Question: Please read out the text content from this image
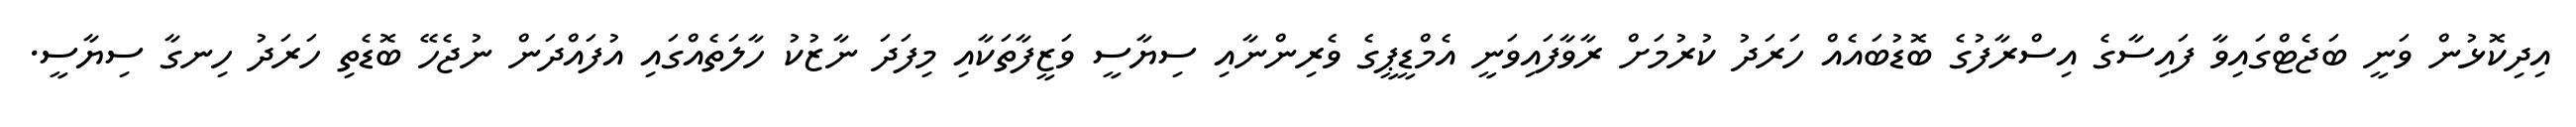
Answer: އިދިކޮޅުން ވަނީ ބަޖެޓްގައިވާ ފައިސާގެ އިސްރާފުގެ ބޮޑުބައެއް ހަރަދު ކުރުމަށް ރާވާފައިވަނީ އެމްޑީޕީގެ ވެރިންނާއި ސިޔާސީ ވަޒީފާތަކާއި މިފަދަ ނާޒުކު ހާލަތެއްގައި އުފައްދަން ނުޖެހޭ ބޮޑެތި ހަރަދު ހިނގާ ސިޔާސީ.